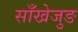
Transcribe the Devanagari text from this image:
साँखेजुङ